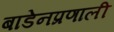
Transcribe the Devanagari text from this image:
बाडेनप्रणाली